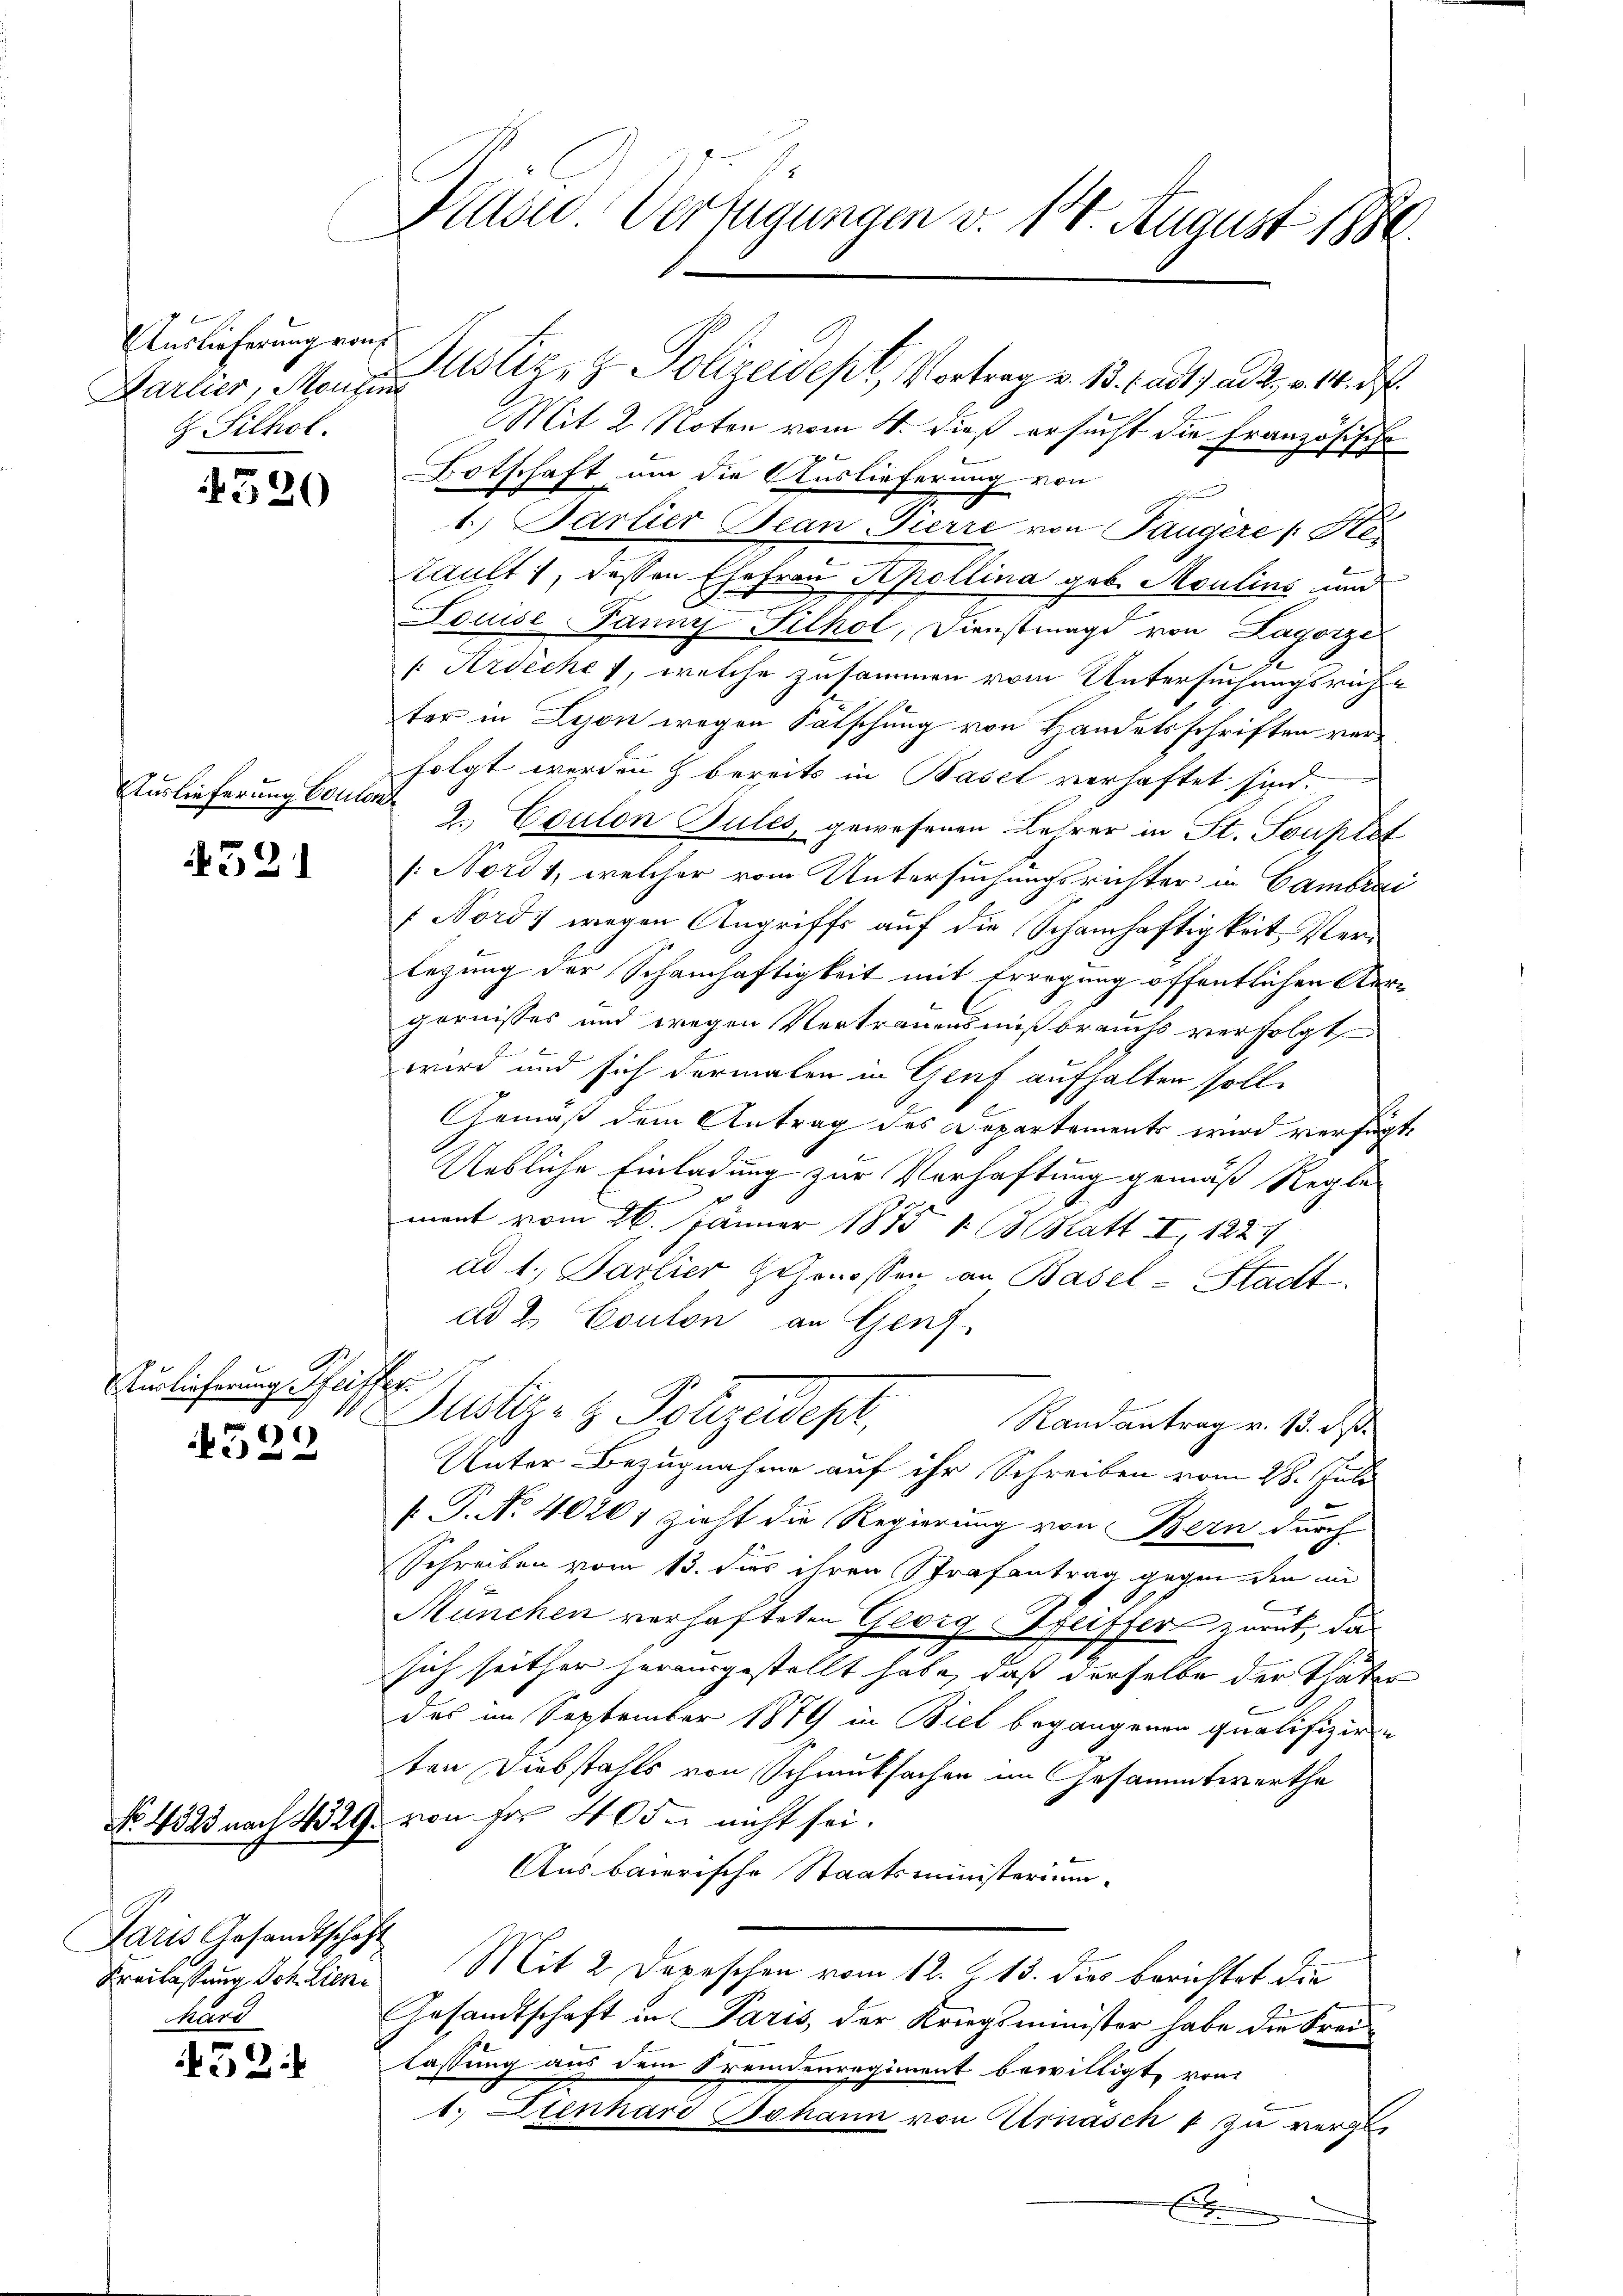
Auslieferung von
 Silhol.

.

520

Auslieferung Coulon

521

Auslieferung Pfeiffer
)

Paris Gesandtschaft
hard

452.

Präsid. Verfügungen v. 144. August 1880.

Karlier, Monate z. Z. Polizeidept, Vortrag v. 1. Fast ad 2., v. 14. d
Mit 2 Noten vom 4. dieß ersucht die Französische
Botschaft um die Auslieferung von
sehlichen
1.) Partier Bean Pierre von Taugere (Ste-
Cault, dessen Ehefrau Hpollina geb. Moulins und
Louise Janny Filhol, Dienstmagd von Lagorze
Ardickes, welche zusammen vom Untersuchungsruhe
ter in Lyon wegen Falschung von Handelsschriften verfolgt werden & bereits in Basel verhaftet sind.
2.) Coulon Bules, gewesenen Lehrer in St. Souptst
/: Nord 1, welcher vom Untersuchungsrichter in Cambiai
 Nords wegen Angriffs auf die Schamhaftigkeit Verlegung der Schamhaftigkeit mit Erregung öffentlichen Oergornisses und wegen Vertrauensmißbrauchs verfolgt,
wird und sich dermalen in Genf aufhalten soll.
Gemäß dem Antrag des Departements wird verfügt,
Uebliche Einladung zur Verhaftung gemäß Regle
mant vom 26. Jänner 1875 1 (Statt II, 1227
ad 1., Partier Genossen an Basel-Stadt.
ad 2. Coulon an Genf
Justiz- & Polizeidept,
Randantrag v. 13. Rp.
Unter Bezugnahme auf ihr Schreiben vom 28. Juli
f P. No. 4020, zieht die Regierung von Bern durch
Schreiben vom 13. Jus ihren Strafantrag gegen den in
München verhafteten Georg Pfeiffer zurück, das
sich seither herausgestellt habe, daß derselbe der Thäter
des im September 1879 in Biel begangenen qualifizien
ten Diebstahls von Schmutsachen im Gesammtwerthe
No. 4323 nach 4329. von Fr. 405. nicht sei.
Aus baierische Staatsministerium
Freilastung Schlien Mit 2 Depeschen vom 12. Z. 13. dies berichtet die
Gesandtschaft in Paris, der Kriegsminister habe die Freilassung aus dem Fremdenregiment bewilligt, von
1.) Dienhard Johann von rasch & zu verge
x